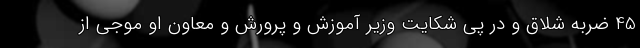
45 ضربه شلاق و در پی شکایت وزیر آموزش و پرورش و معاون او موجی از